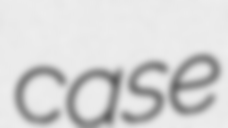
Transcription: case